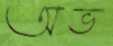
অভ